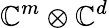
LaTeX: \mathbb{C}^{m}\otimes\mathbb{C}^{d}